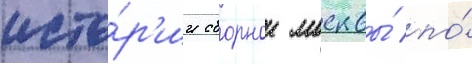
исто́р'ии сборнои москвы́ по́